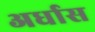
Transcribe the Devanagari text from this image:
अर्धास